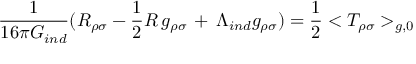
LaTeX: { \frac { 1 } { 1 6 \pi G _ { i n d } } } ( R _ { \rho \sigma } - { \frac { 1 } { 2 } } R \, g _ { \rho \sigma } \, + \, \Lambda _ { i n d } g _ { \rho \sigma } ) = { \frac { 1 } { 2 } } < T _ { \rho \sigma } > _ { g , 0 }